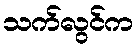
သက်လွင်က